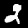
Label: 2